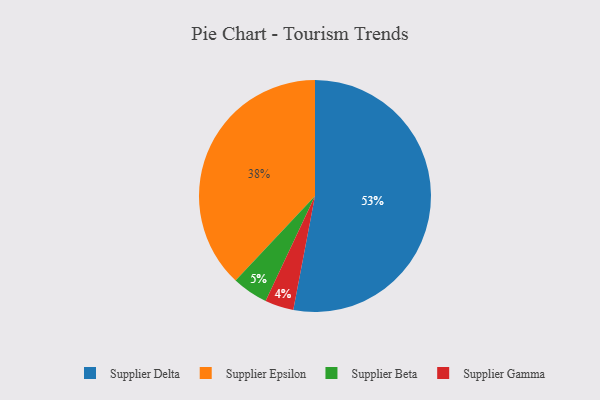
{"axis": {"x": "Category", "y": "Percentage"}, "legend": ["Supplier Beta", "Supplier Delta", "Supplier Epsilon", "Supplier Gamma"], "data": [{"x": "Supplier Gamma", "y": 4, "type": "Supplier Gamma"}, {"x": "Supplier Epsilon", "y": 38, "type": "Supplier Epsilon"}, {"x": "Supplier Delta", "y": 53, "type": "Supplier Delta"}, {"x": "Supplier Beta", "y": 5, "type": "Supplier Beta"}]}